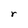
Character: r